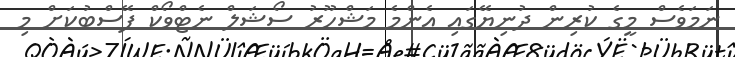
ނަމަވެސް މީގެ ކުރިން ދުނިޔޭގައި އެންމެ މަޝްހޫރު ސޯޝަލް ނެޓްވޯކް ފޭސްބުކަށް މި